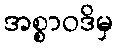
အစ္စာဝဒိမှ